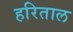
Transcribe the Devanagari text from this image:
हरिताल